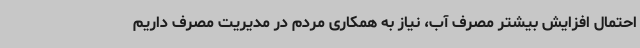
احتمال افزایش بیشتر مصرف آب، نیاز به همکاری مردم در مدیریت مصرف داریم